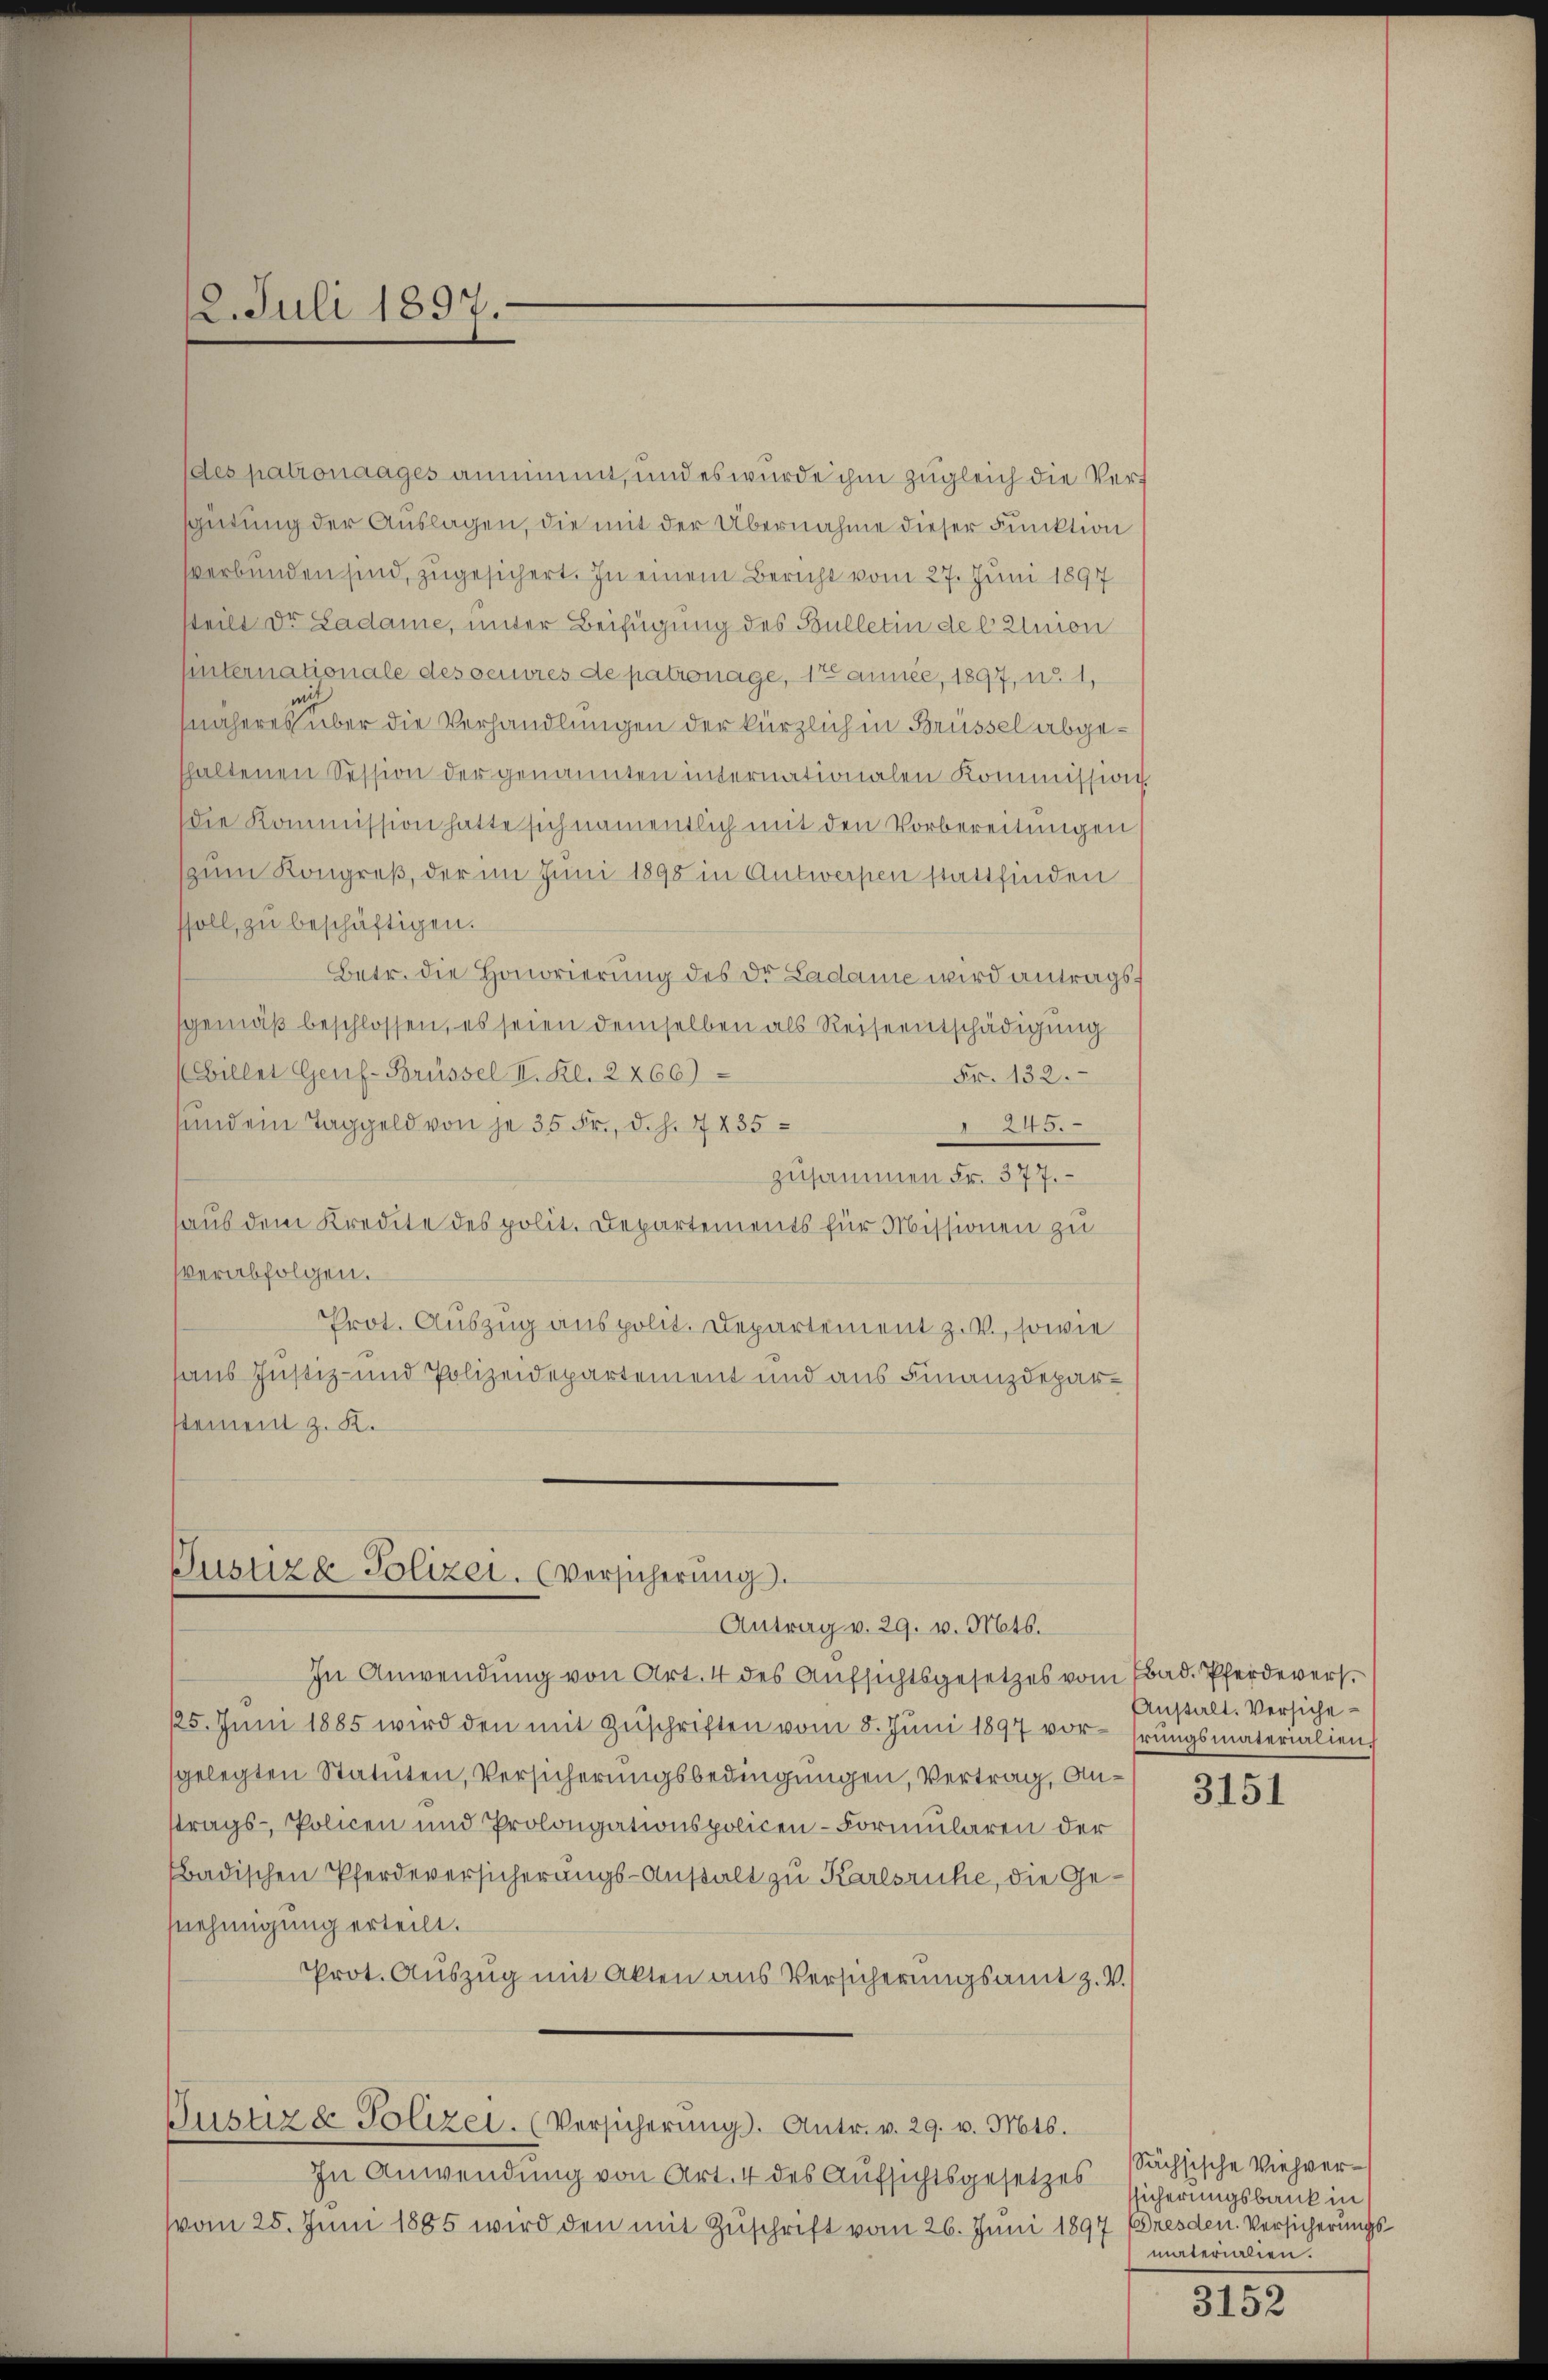
12. Juli 1890

des patronaages annimmt, und es wurde ihm zugleich die Versgütung der Auslagen, die mit der Übernahme dieser Funktion
verbunden sind, zugesichert. In einem Bericht vom 27. Juni 1897
steilt Dr. Ladame, unter Beifügung des Bulletin de l Ztmon
unternationale desseures de patronage, 17 année, 1897, u. 1,
näheres aber die Verhandlungen der kürzlich in Brüssel abgethaltenen Session der genannten internationalen Kommission
die Kommission hatte sich namentlich mit den Vorbereitungen
zum Kongreß, der im Juni 1898 in Antwerpen stattfinden
soll, zu beschäftigen.
Betr. die Honorierung des Dr. Ladame wird antragsgemäß beschlossen, es seien demselben als Reiseentschädigung
(Billet Genf. Brüssel II. Kl. 2266)
Fr. 132.
sund ein Taggeld von je 35 Fr., d. h. 1835
75.
zusammen Fr. 377.
aus dem Kredite des polit. Departements für Missionen zu
verabfolgen.
Prot. Auszug aus polit. Departement z.V., sowie
haus Justiz- und Polizeidepartement und aus Finanzdeparstement z. K.

Justiza Polizei- Versicherŭng.
Antrag v. 29. v. Mts.

In Anwendung von Art. 4 des Aufsichtsgesetzes vom Bad. Pferdevers.
125. Jŭni 1885 wird den mit Zŭschriften vom 8. Jŭni 1897 vor- srŭngsmaterialien,
gelegten Statuten, Versicherungsbedingungen, Vertrag, Anstrags- Policen und Prolongationspolicen-Formularen der
badischen Pferdeversicherungs-Anstalt zu Karlsruhe, die Gesnehmigung erteilt.
Prot. Auszug mit Akten aus Versicherungsamt z. V.

Justiz & Polizei. (Versicherŭng. Antr. v. 29. v. Mts.
In Anwendung von Art. 4 des Aufsichtsgesetzes
(vom 25. Juni 1885 wird den mit Zuschrift vom 26. Juni 1897 (resden Versicherungs¬

Anstalt. Versiche¬

3151

Sächsische Viehversicherungsbank in
materialien.

3152